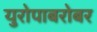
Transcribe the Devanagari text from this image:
युरोपाबरोबर